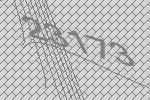
23173